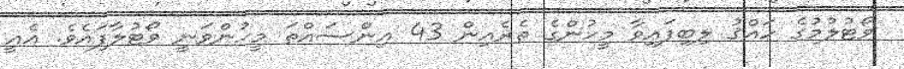
ވޯޓުލުމުގެ ހައްޤު ލިބިފައިވާ މީހުންގެ ތެރެއިން 43 އިންސައްތަ މީހުންވަނީ ވޯޓުލާފައެވެ. އެއީ